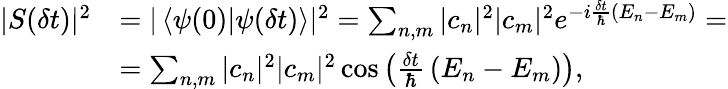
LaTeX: {\begin{array}{rl}{|S(\delta t)|^{2}}&{=|\left\langle\psi(0)|\psi(\delta t)\right\rangle|^{2}=\sum_{n,m}|c_{n}|^{2}|c_{m}|^{2}e^{-i{\frac{\delta t}{\hbar}}\left(E_{n}-E_{m}\right)}=}\\ &{=\sum_{n,m}|c_{n}|^{2}|c_{m}|^{2}\cos\left({\frac{\delta t}{\hbar}}\left(E_{n}-E_{m}\right)\right),}\end{array}}